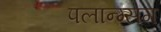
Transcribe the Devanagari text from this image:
पलान्ग्सग